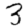
Digit: 3